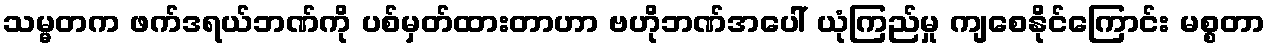
သမ္မတက ဖက်ဒရယ်ဘဏ်ကို ပစ်မှတ်ထားတာဟာ ဗဟိုဘဏ်အပေါ် ယုံကြည်မှု ကျစေနိုင်ကြောင်း မစ္စတာ